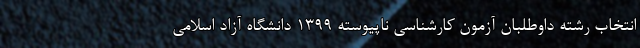
انتخاب رشته داوطلبان آزمون کارشناسی ناپیوسته ۱۳۹۹ دانشگاه آزاد اسلامی